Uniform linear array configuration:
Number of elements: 48
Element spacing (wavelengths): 1
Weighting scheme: blackman
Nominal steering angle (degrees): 45
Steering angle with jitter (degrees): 44.997
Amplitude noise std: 0.05
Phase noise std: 0.05

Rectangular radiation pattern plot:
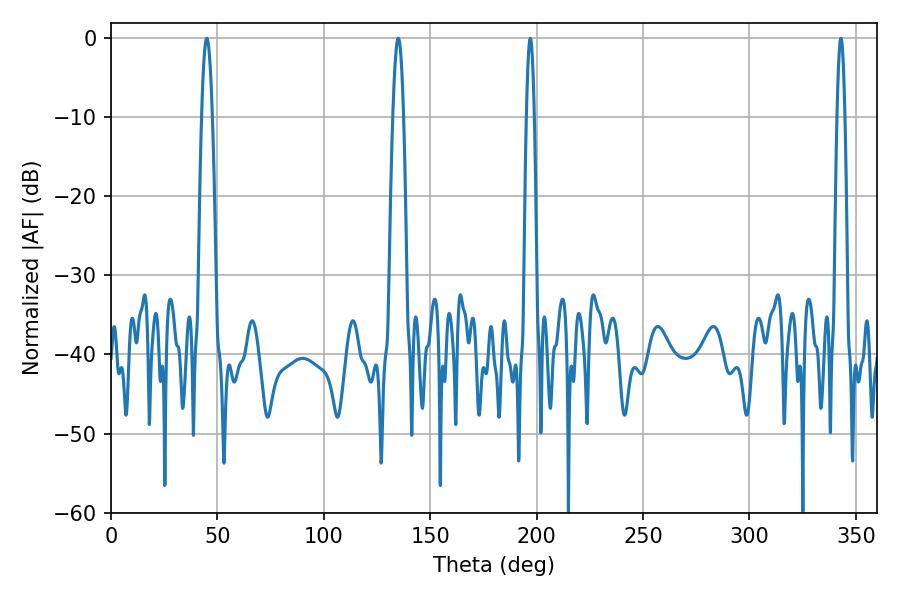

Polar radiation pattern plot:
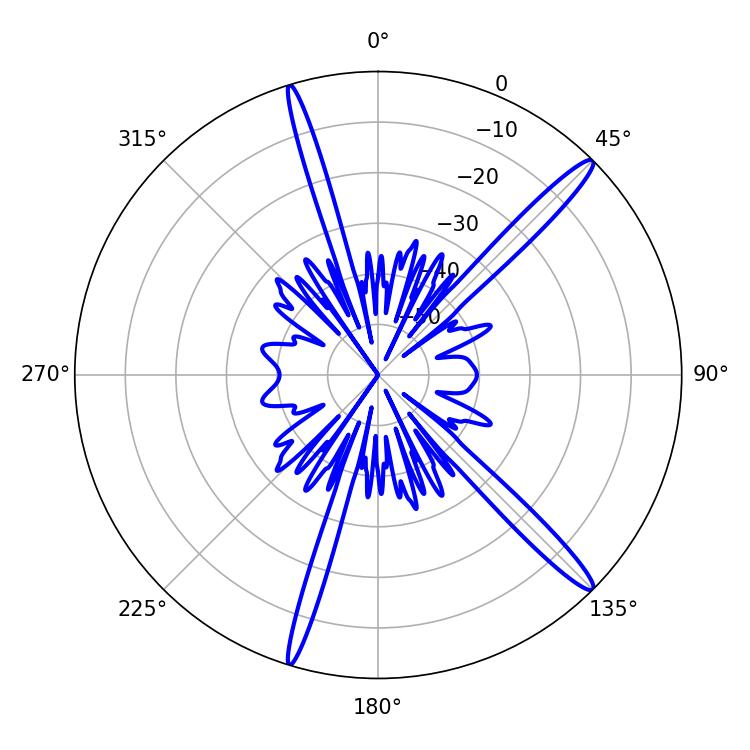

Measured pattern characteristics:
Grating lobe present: TRUE
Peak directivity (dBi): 15.871
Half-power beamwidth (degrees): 2.7
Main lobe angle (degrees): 45